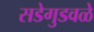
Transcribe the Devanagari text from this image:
सडेगुडवळे